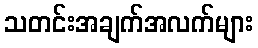
သတင်းအချက်အလက်များ